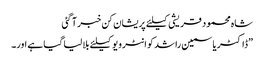
شاہ محمود قریشی کیلئے پریشان کن خبر آ گئی
”ڈاکٹر یاسمین راشد کو انٹرویو کیلئے بلا لیا گیا ہے اور۔